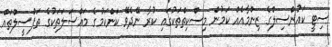
ސިޓީ ކައުންސިލްގެ ޒިންމާއެއް ކަމުން މިސްކިތްތަކުގައި ކުރާ ނޭދެވޭ ކަންކަމުގެ މައްސަލަތަކުގެ ތަފްސީލްތައް